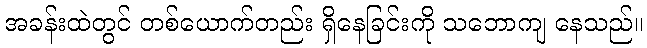
အခန်းထဲတွင် တစ်ယောက်တည်း ရှိနေခြင်းကို သဘောကျ နေသည်။